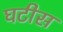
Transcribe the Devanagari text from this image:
घटीस